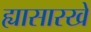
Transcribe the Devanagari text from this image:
ह्यासारखे